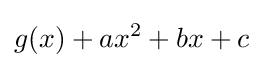
g(x)+ax^{2}+bx+c